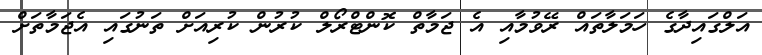
އަލްގައިދާގެ ހަމަލާތައް ރޭވުމާއި އެ ޖަމާތް ކޮންޓްރޯލް ކުރުން ކުރިއަށް ތަނުގައި އެޖަމާތަށް